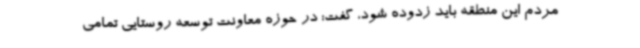
مردم این منطقه باید زدوده شود، گفت: در حوزه معاونت توسعه روستایی تمامی